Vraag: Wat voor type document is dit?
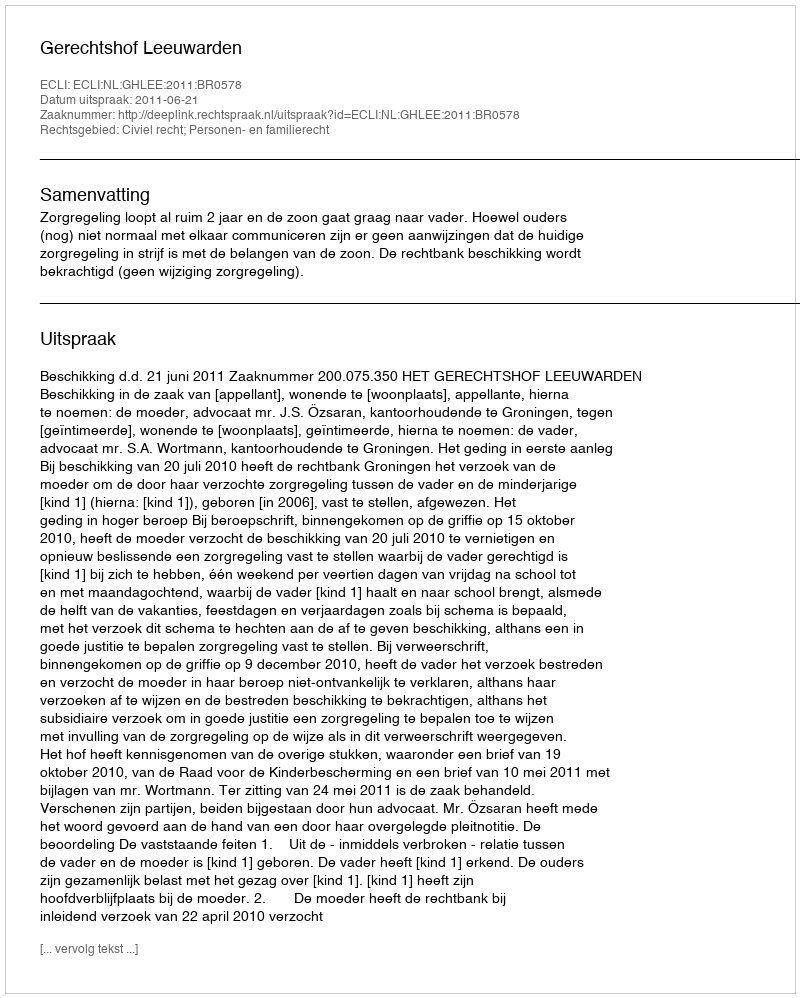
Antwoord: Uitspraak